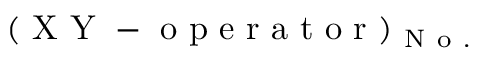
( \mathrm { ~ X ~ Y ~ - ~ o ~ p ~ e ~ r ~ a ~ t ~ o ~ r ~ } ) _ { \mathrm { ~ N ~ o ~ . ~ } }